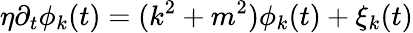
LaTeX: \eta\partial_{t}\phi_{k}(t)=(k^{2}+m^{2})\phi_{k}(t)+\xi_{k}(t)